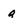
Character: a